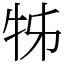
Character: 牬